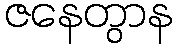
ဇနေတွာန